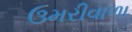
ઉમરીવાળા